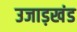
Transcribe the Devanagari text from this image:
उजाड़खंड